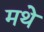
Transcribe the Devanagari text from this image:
मथे